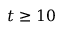
t \geq 1 0